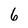
Character: 6